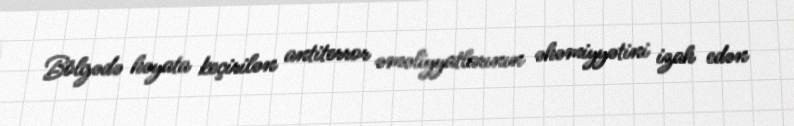
Bölgədə həyata keçirilən antiterror əməliyyatlarının əhəmiyyətini izah edən